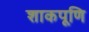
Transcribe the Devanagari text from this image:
शाकपूणि